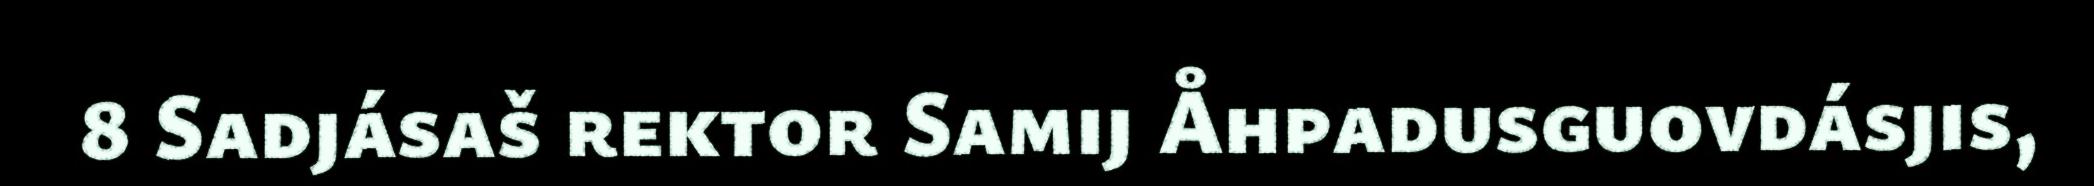
8 Sadjásaš rektor Samij Åhpadusguovdásjis,